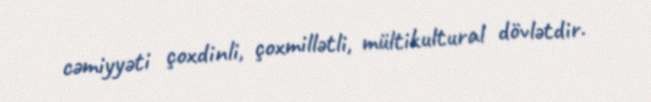
cəmiyyəti çoxdinli, çoxmillətli, mültikultural dövlətdir.